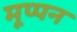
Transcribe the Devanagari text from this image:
मूप्पन